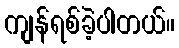
ကျန်ရစ်ခဲ့ပါတယ်။